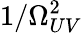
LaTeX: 1/\Omega_{UV}^{2}